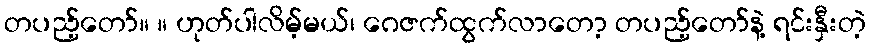
တပည့်တော်။ ။ ဟုတ်ပါလိမ့်မယ်၊ ဂေဇက်ထွက်လာတော့ တပည့်တော်နဲ့ ရင်းနှီးတဲ့